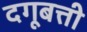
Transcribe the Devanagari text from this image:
दगूबत्ती